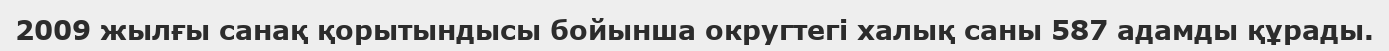
2009 жылғы санақ қорытындысы бойынша округтегі халық саны 587 адамды құрады.